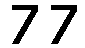
77